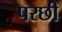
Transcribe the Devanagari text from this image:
परछी